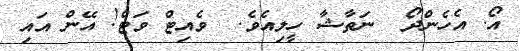
އޯ. އެހެންދޯ  ނަތާޝާ ހީލިއެވެ.  ވެއިޓް ވަޓް! އޭން އައި